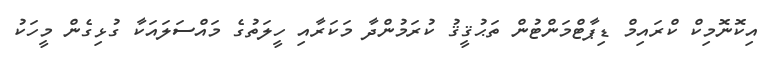
އިކޮނޮމިކް ކްރައިމް ޑިޕާޓްމަންޓުން ތަޙުޤީޤު ކުރަމުންދާ މަކަރާއި ހީލަތުގެ މައްސަލައަކާ ގުޅިގެން މީހަކު